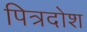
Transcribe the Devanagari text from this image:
पित्रदोश